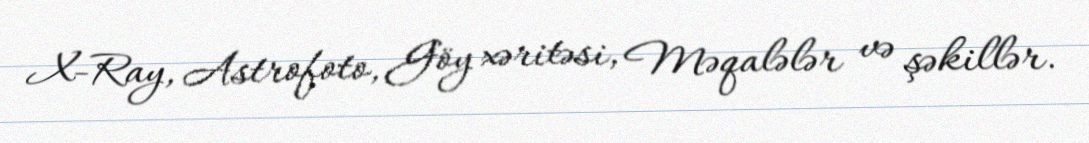
X-Ray, Astrofoto, Göy xəritəsi, Məqalələr və şəkillər.